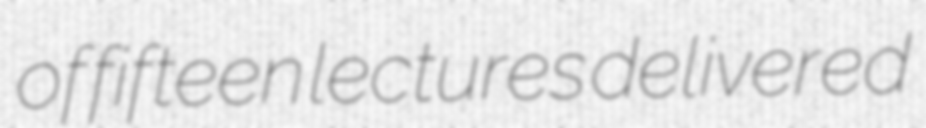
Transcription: of fifteen lectures delivered